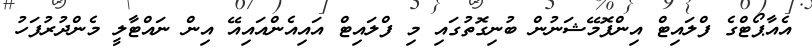
އެއާޕޯޓްގެ ފްލައިޓް އިންފޮމޭޝަނުން ބުނިގޮތުގައި މި ފްލައިޓް އައިއެންއައިއޭ އިން ނައްޓާލީ މެންދުރުފަހު